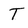
Character: T